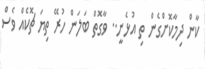
ކާން ދިމާކޮށްގެން ތި އުޅެނީ.. ވާގޮތް ބަލަން ހުރޭ ތިޔަ ޗޮކެއް ވެސް